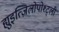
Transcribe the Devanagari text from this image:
ह्युइत्ज़िलोपोश्ट्ली